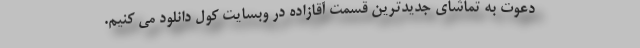
دعوت به تماشای جدیدترین قسمت آقازاده در وبسایت کول دانلود می کنیم.